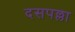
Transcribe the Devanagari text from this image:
दसपल्ला